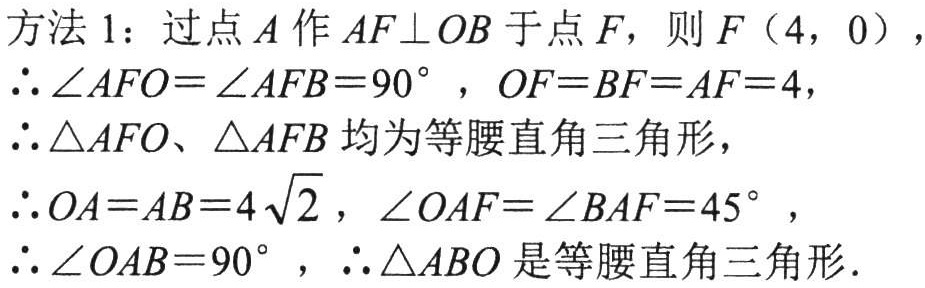
方法 1：过点 \(A\) 作 \(AF\perp OB\) 于点 \(F\)，则 \(F(4,0)\)，
\(\therefore \angle AFO = \angle AFB = 90^{\circ}\)，\(OF = BF = AF = 4\)，
\(\therefore \triangle AFO\)、\(\triangle AFB\) 均为等腰直角三角形，
\(\therefore OA = AB = 4\sqrt{2}\)，\(\angle OAF = \angle BAF = 45^{\circ}\)，
\(\therefore \angle OAB = 90^{\circ}\)，\(\therefore \triangle ABO\) 是等腰直角三角形．